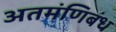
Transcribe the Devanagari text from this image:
अतमंणिबंध